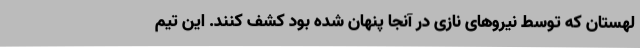
لهستان که توسط نیرو‌های نازی در آنجا پنهان شده بود کشف کنند. این تیم